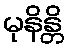
မုနိန္တိ